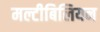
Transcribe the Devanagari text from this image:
मल्टीबिलियन